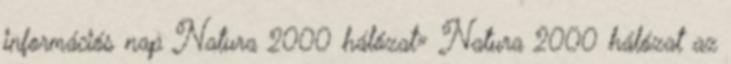
információs nap Natura 2000 hálózat» Natura 2000 hálózat az